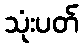
သုံးပတ်